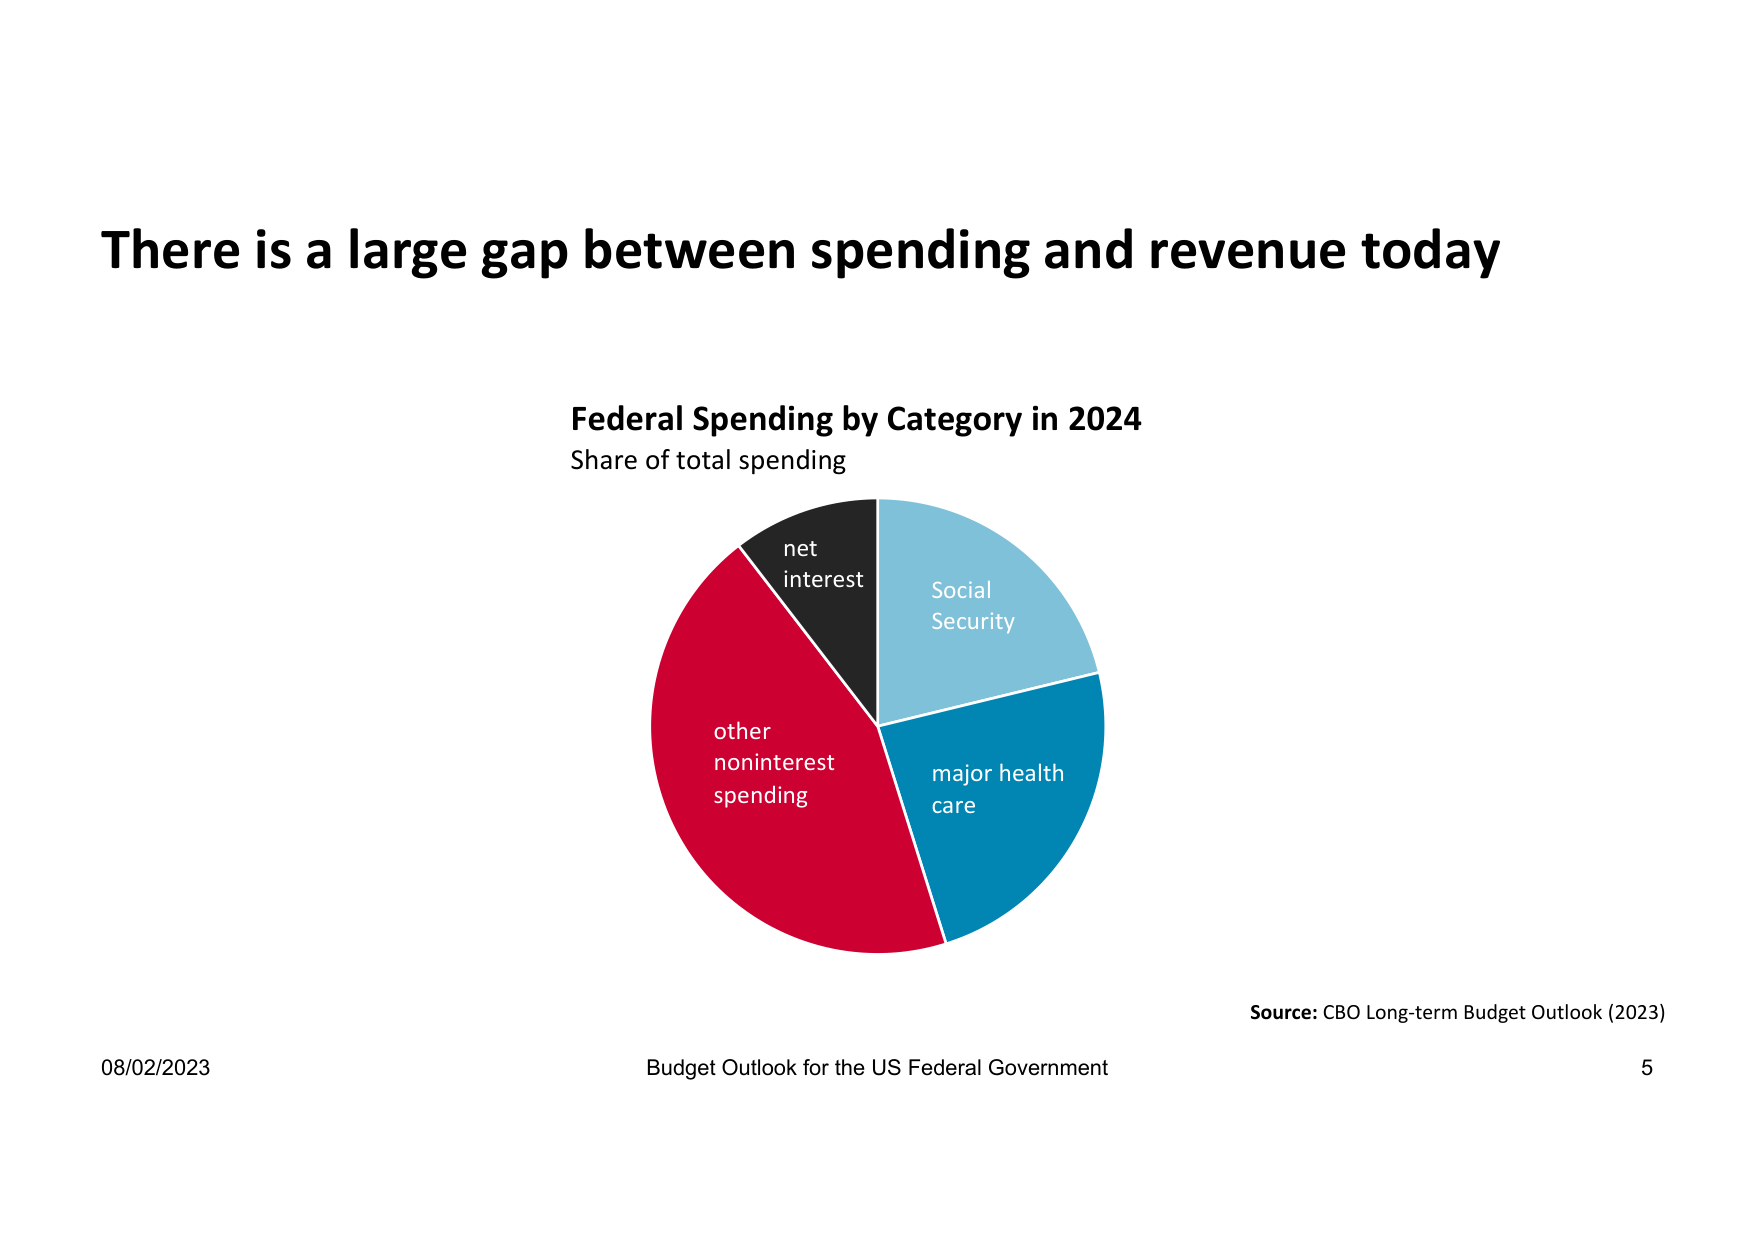
There is a large gap between spending and revenue today

Federal Spending by Category in 2024
Share of total spending

net
interest

Social
Security

other
noninterest
spending

major health
care

Source: CBO Long-term Budget Outlook (2023)

08/02/2023
Budget Outlook for the US Federal Government
5